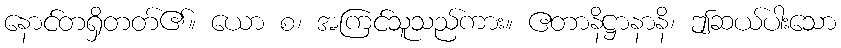
နောင်တရှိတတ်၏။ ယော စ၊ အကြင်သူသည်ကား။ ဧတာနိဋ္ဌာနာနိ၊ ဤဆယ်ပါးသော